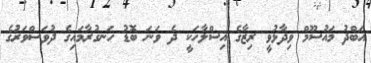
އަބްދު މައުސޫމް ވިދާޅުވީ ރިޒާގެ އިސްލާހަކީ ދެ ވަނަ ބޮޑު ހަނގުރާމައިގެ ދުވަސްވަރުގެ